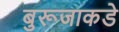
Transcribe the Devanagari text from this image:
बुरूजाकडे